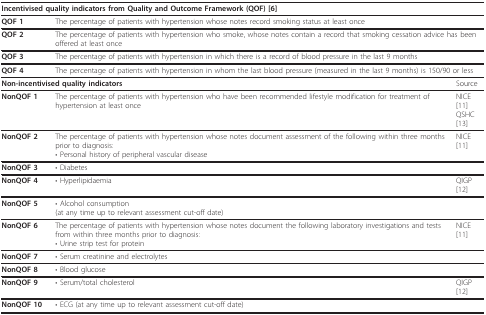
| <COLSPAN=3> Incentivised quality indicators from Quality and Outcome Framework (QOF) [6] |
 | --- | --- | --- |
 | QOF 1 | <COLSPAN=2> The percentage of patients with hypertension whose notes record smoking status at least once |
 | QOF 2 | <COLSPAN=2> The percentage of patients with hypertension who smoke, whose notes contain a record that smoking cessation advice has been offered at least once |
 | QOF 3 | <COLSPAN=2> The percentage of patients with hypertension in which there is a record of blood pressure in the last 9 months |
 | QOF 4 | <COLSPAN=2> The percentage of patients with hypertension in whom the last blood pressure (measured in the last 9 months) is 150/90 or less |
 | <COLSPAN=2> Non-incentivised quality indicators | Source |
 | NonQOF 1 | The percentage of patients with hypertension who have been recommended lifestyle modification for treatment of hypertension at least once | NICE [11]QSHC [13] |
 | NonQOF 2 | The percentage of patients with hypertension whose notes document assessment of the following within three months prior to diagnosis:• Personal history of peripheral vascular disease | NICE [11] |
 | NonQOF 3 | • Diabetes |  |
 | NonQOF 4 | • Hyperlipidaemia | QIGP [12] |
 | NonQOF 5 | • Alcohol consumption(at any time up to relevant assessment cut-off date) |  |
 | NonQOF 6 | The percentage of patients with hypertension whose notes document the following laboratory investigations and tests from within three months prior to diagnosis:• Urine strip test for protein | NICE [11] |
 | NonQOF 7 | • Serum creatinine and electrolytes |  |
 | NonQOF 8 | • Blood glucose |  |
 | NonQOF 9 | • Serum/total cholesterol | QIGP [12] |
 | NonQOF 10 | • ECG (at any time up to relevant assessment cut-off date) |  |